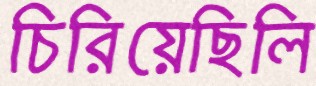
চিরিয়েছিলি